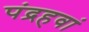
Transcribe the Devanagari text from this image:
पंद्रहवां